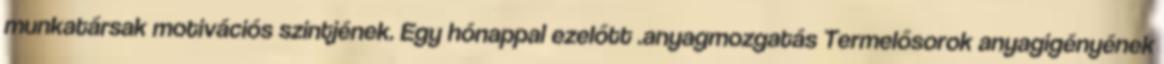
munkatársak motivációs szintjének. Egy hónappal ezelőtt .anyagmozgatás Termelősorok anyagigényének